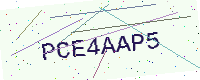
Text: PCE4AAP5